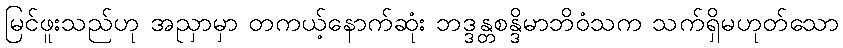
မြင်ဖူးသည်ဟု အညှာမှာ တကယ့်နောက်ဆုံး ဘဒ္ဒန္တစန္ဒိမာဘိဝံသက သက်ရှိမဟုတ်သော